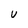
Character: U